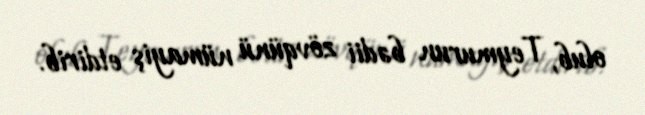
olub, Teymurun bədii zövqünü nümayiş etdirib.